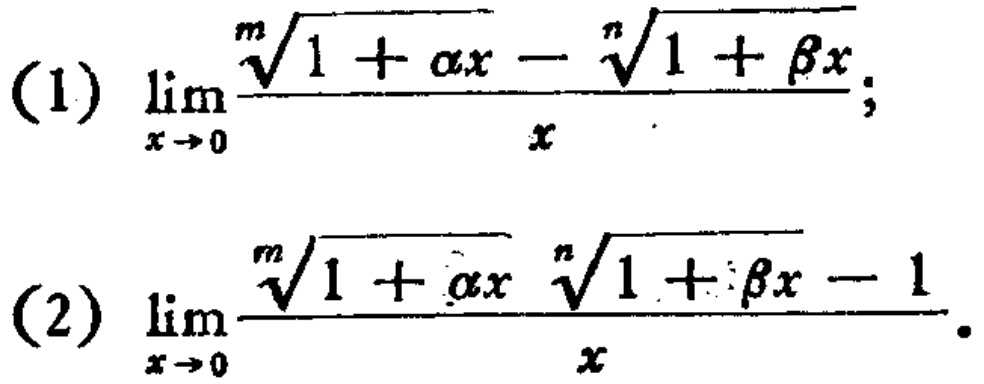
(1) \(\lim_{x \to 0} \frac{\sqrt[m]{1 + \alpha x}-\sqrt[n]{1 + \beta x}}{x}\)
(2) \(\lim_{x \to 0} \frac{\sqrt[m]{1 + \alpha x}\sqrt[n]{1 + \beta x}-1}{x}\)